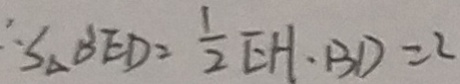
\therefore S _ { \Delta B E D } = \frac { 1 } { 2 } E H \cdot B D = 2